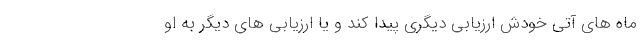
ماه های آتی خودش ارزیابی دیگری پیدا کند و یا ارزیابی های دیگر به او